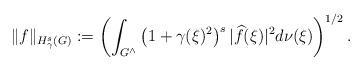
LaTeX: \begin{align*} \Vert f \Vert_{H^s_\gamma(G)} := \left( \int_{G^\wedge} \left(1+\gamma(\xi)^2 \right)^s \vert \widehat{f}(\xi) \vert^2 d\nu(\xi) \right)^{1/2}.\end{align*}